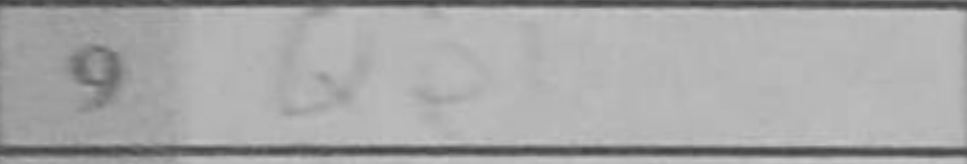
Transcription: Qe1